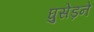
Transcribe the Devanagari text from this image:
घुसेड़ने